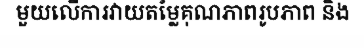
មួយលើការវាយតម្លៃគុណភាពរូបភាព និង